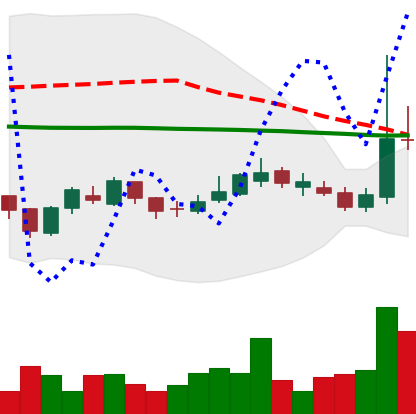
Ticker: LTC-USD
Chart end date: 2017-03-03
Forward return: -3.694%
Label: down_3_5